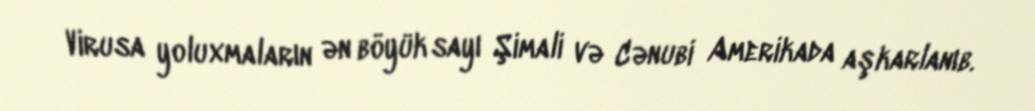
Virusa yoluxmaların ən böyük sayı Şimali və Cənubi Amerikada aşkarlanıb.